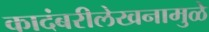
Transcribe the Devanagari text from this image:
कादंबरीलेखनामुळे